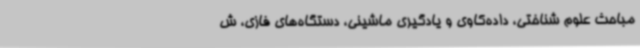
مباحث علوم شناختی، داده‌کاوی و یادگیری ماشینی، دستگاه‌های فازی، ش